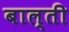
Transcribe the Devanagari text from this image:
बाल्ती